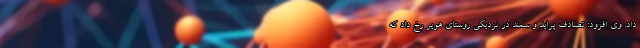
داد. وی افزود: تصادف پراید و سمند در نزدیکی روستای هویر رخ داد که